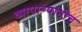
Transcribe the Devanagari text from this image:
व्यापाऱ्यांनीच